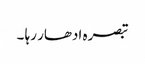
تبصرہ ادھار رہا ۔